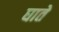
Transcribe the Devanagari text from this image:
घाते